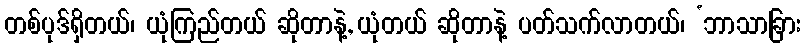
တစ်ပုဒ်ရှိတယ်၊ ယုံကြည်တယ် ဆိုတာနဲ့, ယုံတယ် ဆိုတာနဲ့ ပတ်သက်လာတယ်၊ ‘ဘာသာခြား